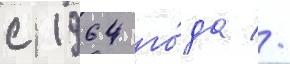
с 1964 го́да //